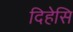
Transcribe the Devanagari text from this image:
दिहेसि